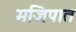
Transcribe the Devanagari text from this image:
मजिपात